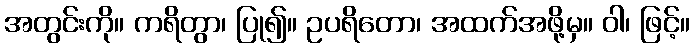
အတွင်းကို။ ကရိတွာ၊ ပြု၍။ ဥပရိတော၊ အထက်အဖို့မှ။ ဝါ၊ ဖြင့်။